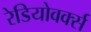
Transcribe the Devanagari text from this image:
रेडियोवर्क्स